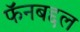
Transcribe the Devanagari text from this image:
फॅनबद्दल